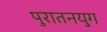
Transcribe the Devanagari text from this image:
पुरातनयुग